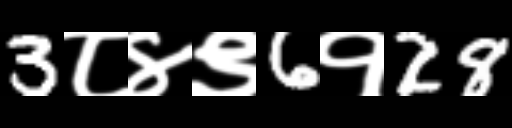
Text: 3८४९6१28